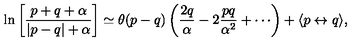
\ln \left[ \frac { p + q + \alpha } { | p - q | + \alpha } \right] \simeq \theta ( p - q ) \left( \frac { 2 q } { \alpha } - 2 \frac { p q } { \alpha ^ { 2 } } + \cdots \right) + \langle p \leftrightarrow q \rangle ,